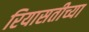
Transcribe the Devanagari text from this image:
रियासतीच्या